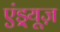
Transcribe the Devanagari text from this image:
एंड्र्यूज़